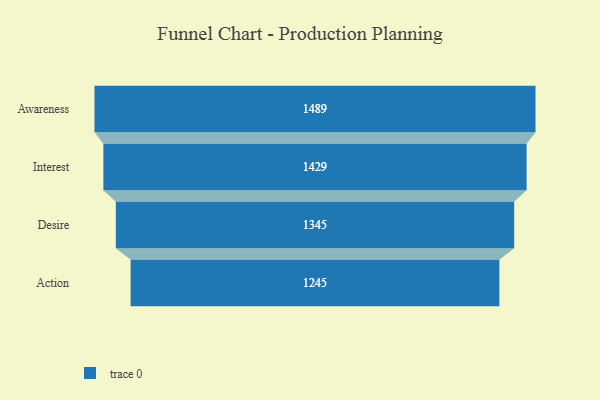
{"axis": {"x": "Stage", "y": "Value"}, "legend": [""], "data": [{"x": "Awareness", "y": 1489.0, "type": ""}, {"x": "Interest", "y": 1429.0, "type": ""}, {"x": "Desire", "y": 1345.0, "type": ""}, {"x": "Action", "y": 1245.0, "type": ""}]}